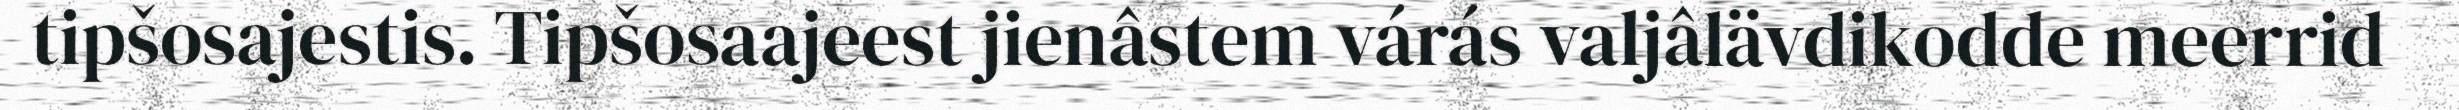
tipšosajestis. Tipšosaajeest jienâstem várás valjâlävdikodde meerrid